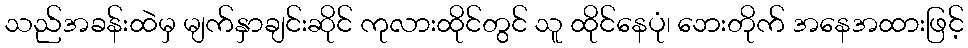
သည်အခန်းထဲမှ မျက်နှာချင်းဆိုင် ကုလားထိုင်တွင် သူ ထိုင်နေပုံ၊ ဘေးတိုက် အနေအထားဖြင့်